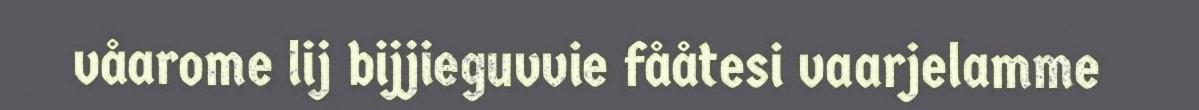
våarome lij bijjieguvvie fååtesi vaarjelamme